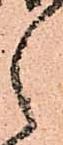
之